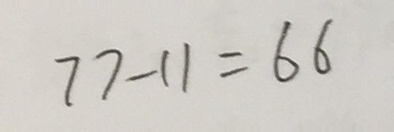
7 7 - 1 1 = 6 6